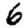
Digit: 6